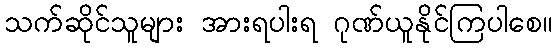
သက်ဆိုင်သူများ အားရပါးရ ဂုဏ်ယူနိုင်ကြပါစေ။